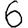
Digit: 6